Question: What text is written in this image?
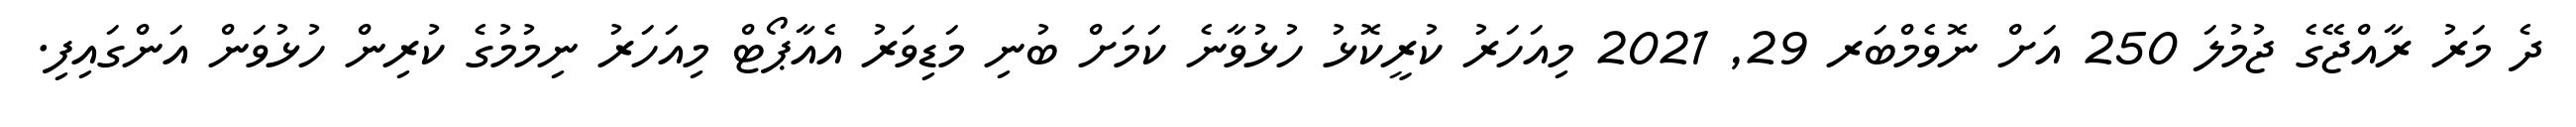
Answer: ދެ މަރު ރާއްޖޭގެ ޖުމުލަ 250 އަށް ނޮވެމްބަރ 29, 2021 މިއަހަރު ކުރީކޮޅު ހުޅުވާނެ ކަމަށް ބުނި މަޑިވަރު އެއާޕޯޓް މިއަހަރު ނިމުމުގެ ކުރިން ހުޅުވަން އަންގައިފި.